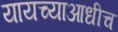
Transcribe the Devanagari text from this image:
यायच्याआधीच